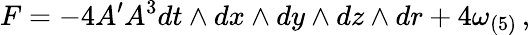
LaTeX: F=-4A^{\prime}A^{3}dt\wedge dx\wedge dy\wedge dz\wedge dr+4\omega_{(5)}\, ,